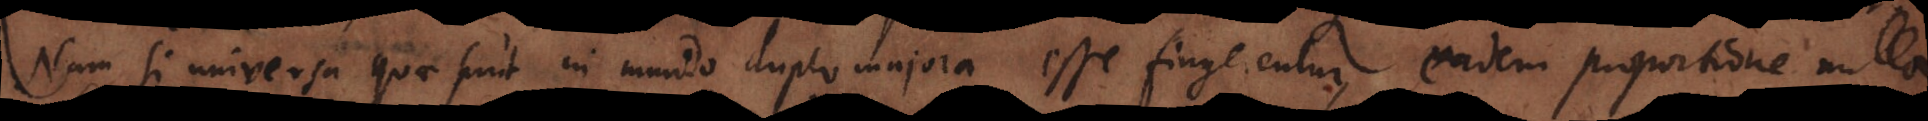
Nam si universa quae sunt in mundo duplo majora esse fingerentur, eadem proportione nulla